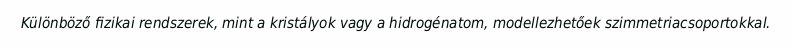
Különböző fizikai rendszerek, mint a kristályok vagy a hidrogénatom, modellezhetőek szimmetriacsoportokkal.